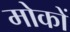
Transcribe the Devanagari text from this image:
मोकों